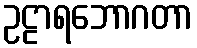
ဥဠာရဘောဂတာ